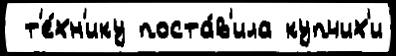
 т'е́хн'ику поста́в'ила купчих'и